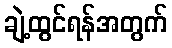
ချဲ့ထွင်ရန်အတွက်